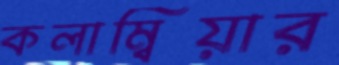
কলাম্বিয়ার